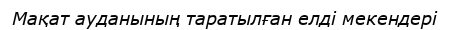
Мақат ауданының таратылған елді мекендері